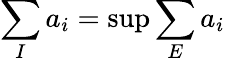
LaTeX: \sum_{I}a_{i}=\operatorname*{sup}\sum_{E}a_{i}